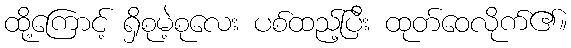
ထို့ကြောင့် ရှိစုမဲ့စုလေး ပစ်ထည့်ပြီး ထုတ်ဝေလိုက်၏။